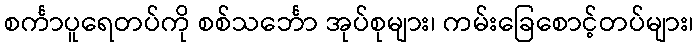
စင်္ကာပူရေတပ်ကို စစ်သင်္ဘော အုပ်စုများ၊ ကမ်းခြေစောင့်တပ်များ၊